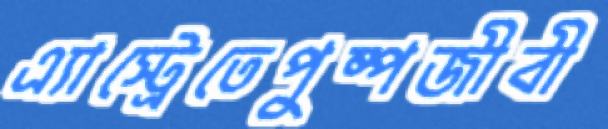
এ্যাস্ট্রেতেপুষ্পজীবী